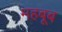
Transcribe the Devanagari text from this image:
महबूब